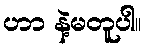
ဟာ နဲ့မတူပါ။